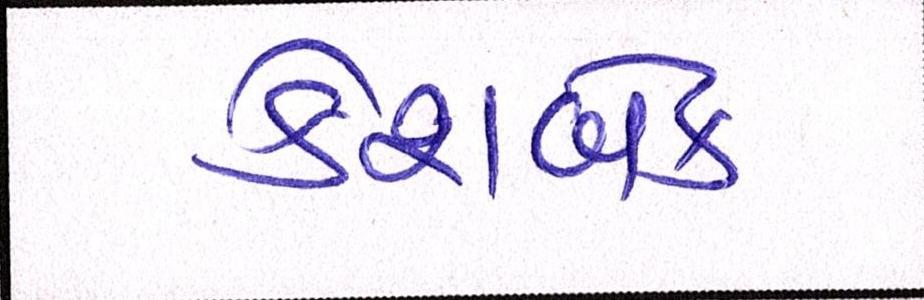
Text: કેશબેક